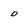
Character: o